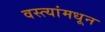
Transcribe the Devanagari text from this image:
वस्त्यांमधून